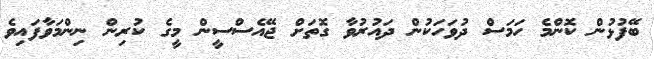
ބޭފުޅުން ކޮންމެ ހަމަސް ދުވަހަކުން ދައުރުވާ ގޮތަށް ޖޭއެސްސީން މީގެ ކުރިން ނިންމަވާފައިވެ